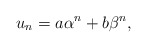
\begin{align*} u_n=a\alpha^n+b\beta^n,\end{align*}